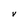
Character: r